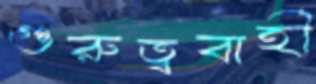
গুরুত্ববাহী